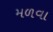
મળવા